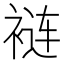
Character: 裢